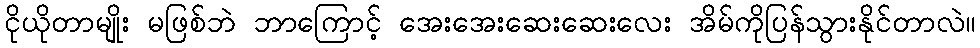
ငိုယိုတာမျိုး မဖြစ်ဘဲ ဘာကြောင့် အေးအေးဆေးဆေးလေး အိမ်ကိုပြန်သွားနိုင်တာလဲ။